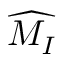
\widehat { M _ { I } }